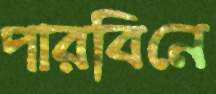
পারবিনে